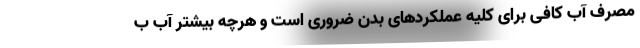
مصرف آب کافی برای کلیه عملکرد‌های بدن ضروری است و هرچه بیشتر آب ب